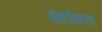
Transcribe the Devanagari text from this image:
संकरीकरण